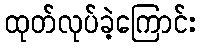
ထုတ်လုပ်ခဲ့ကြောင်း